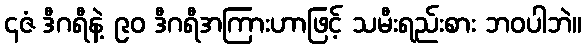
၄ဇံ ဒီဂရီနဲ့ ၉၀ ဒီဂရီအကြားဟာဖြင့် သမီးရည်းစား ဘဝပါဘဲ။